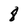
Character: 8